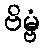
ဗိမ္ဗံ